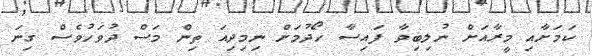
ކަމަށާއި މީރާއަށް ނުލިބިވާ ފައިސާ ހޯދުމަށް ނިމިދިއަ ތިން މަސް ދުވަހުވެސް ގިނަ